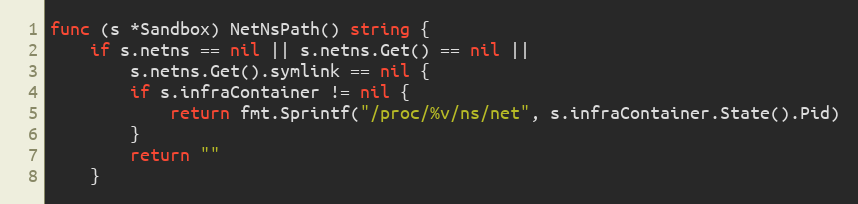
Language: Go
func (s *Sandbox) NetNsPath() string {
	if s.netns == nil || s.netns.Get() == nil ||
		s.netns.Get().symlink == nil {
		if s.infraContainer != nil {
			return fmt.Sprintf("/proc/%v/ns/net", s.infraContainer.State().Pid)
		}
		return ""
	}